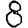
Digit: 8